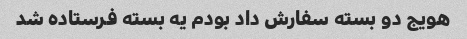
هویج دو بسته سفارش داد بودم یه بسته فرستاده شد